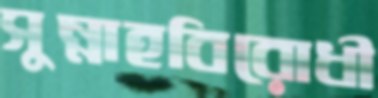
সুন্নাহবিরোধী